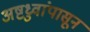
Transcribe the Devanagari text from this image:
अष्टध्रुवांपासून